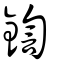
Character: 鍧